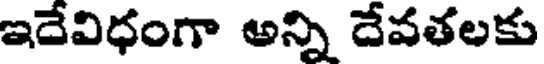
ఇదేవిధంగా అన్ని దేవతలకు